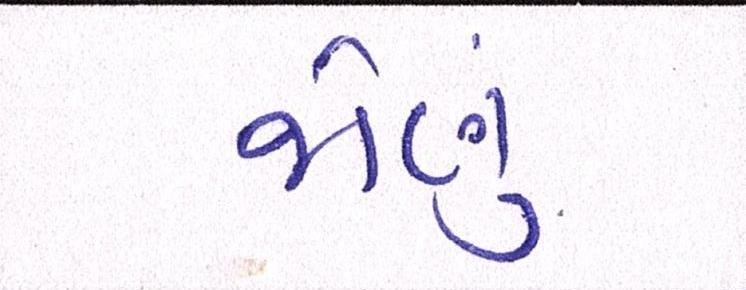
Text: જોણું